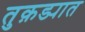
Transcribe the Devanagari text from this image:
तुक़ड्यात